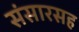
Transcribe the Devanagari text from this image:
संसारसह